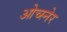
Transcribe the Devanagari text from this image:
ओच्स्नेर